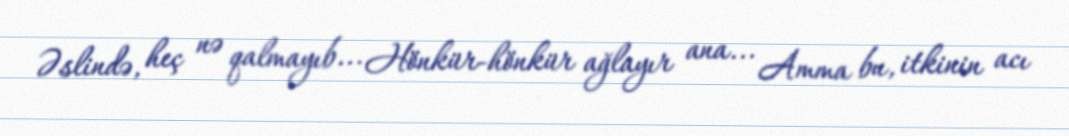
Əslində, heç nə qalmayıb... Hönkür-hönkür ağlayır ana... Amma bu, itkinin acı